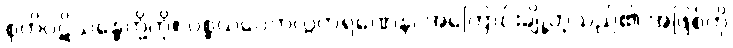
စုတိပဋိသန္ဓေတို့ကို။ ပစ္စယဝေကလ္လကရဏေန၊ အကြောင်းချို့တဲ့သည်၏ အဖြစ်ကို